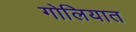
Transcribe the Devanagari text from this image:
गोलियात